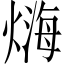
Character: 𤍃